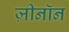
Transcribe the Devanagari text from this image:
ज़ीनॉन